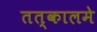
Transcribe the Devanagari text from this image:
तत्कालमे